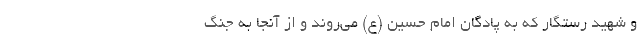
و شهید رستگار که به پادگان امام حسین (ع) می‌روند و از آنجا به جنگ